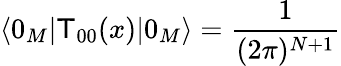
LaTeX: \langle0_{M}|\mathsf{T}_{00}(x)|0_{M}\rangle=\frac{{1}}{{(2\pi)^{N+1}}}